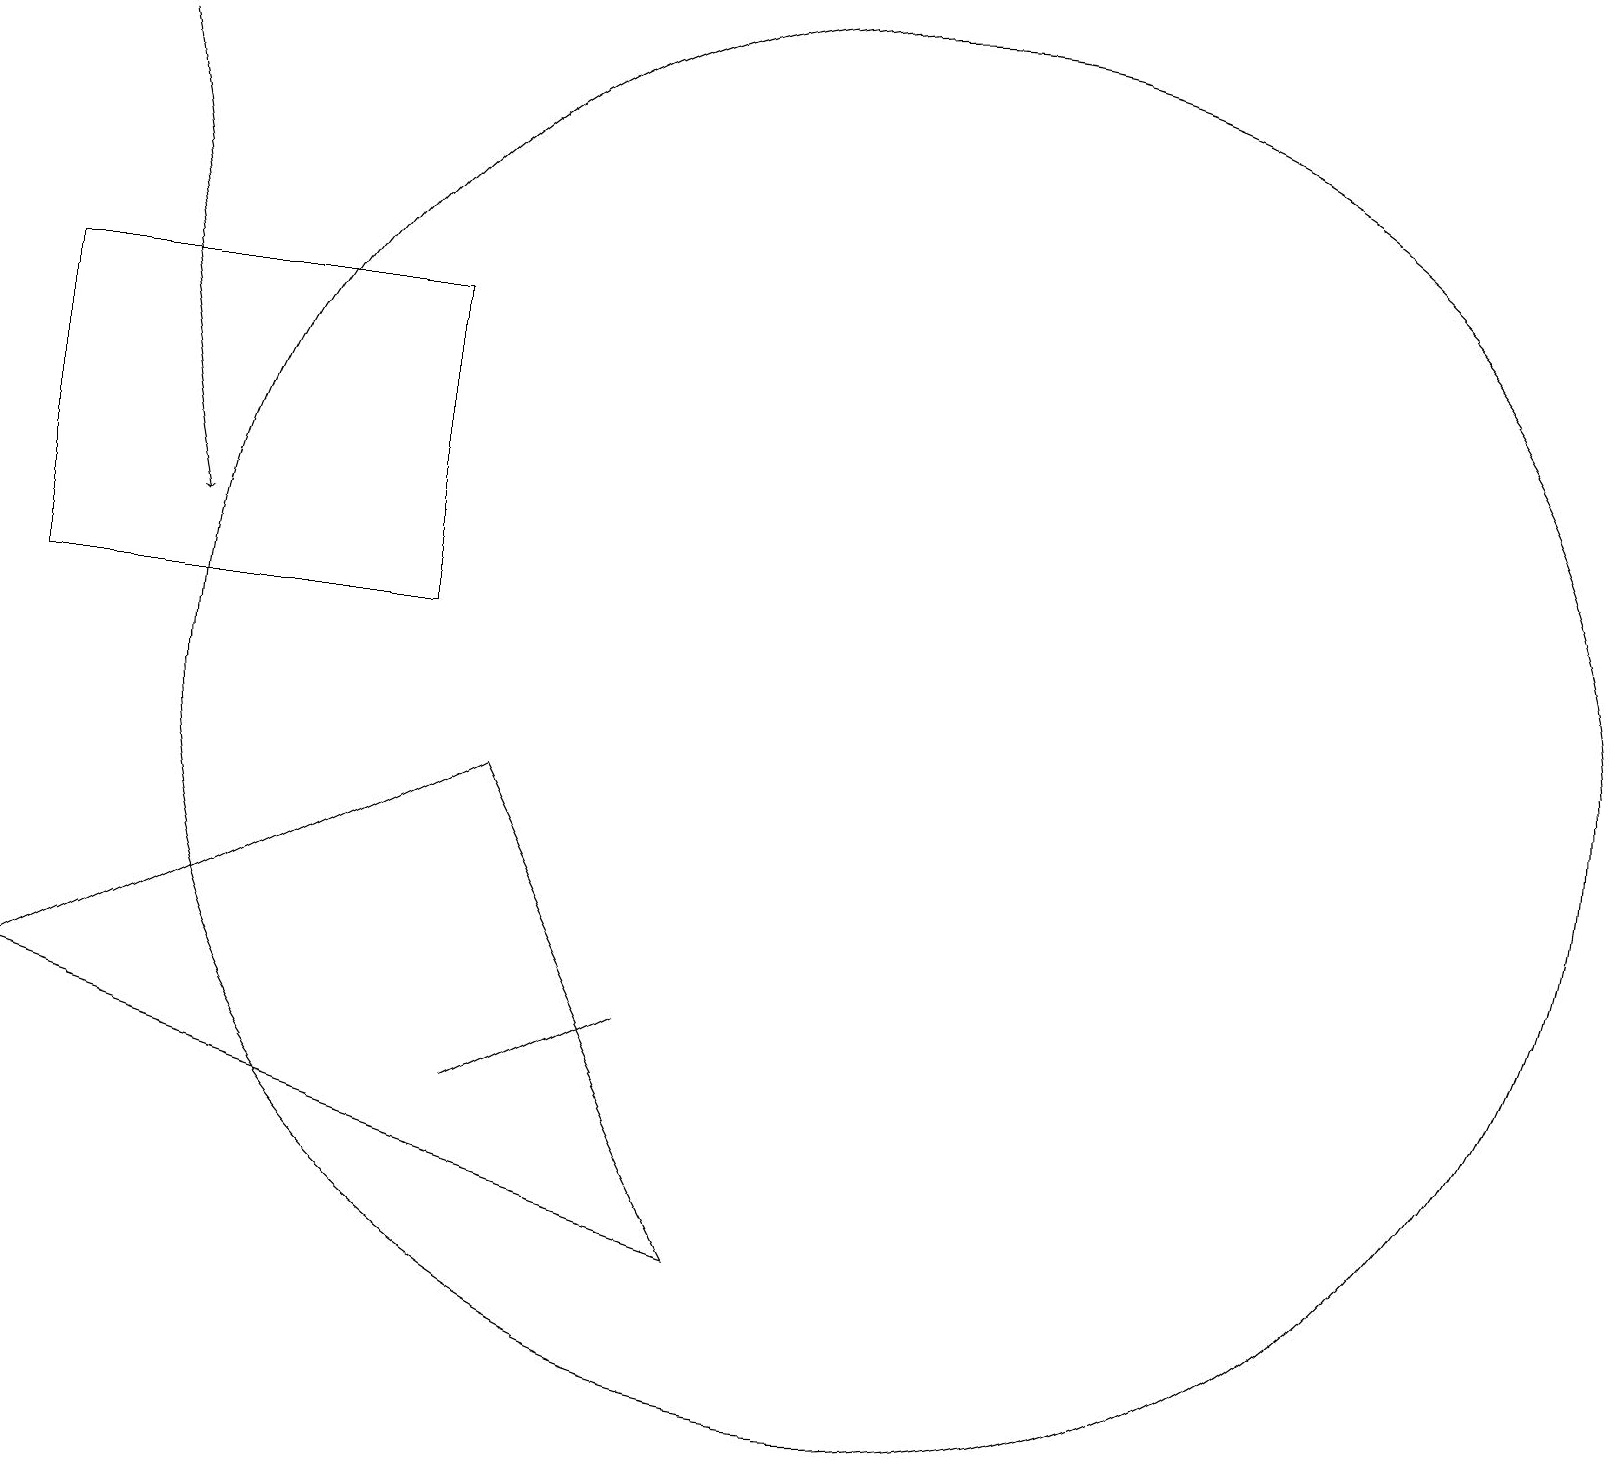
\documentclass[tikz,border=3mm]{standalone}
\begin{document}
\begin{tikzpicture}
\draw (5,15) rectangle (0,11);
\draw[->] (1,18) -- (2,12);
\draw (11,10) circle (9);
\draw (8,6) -- (6,5) -- (6,5) -- cycle;
\draw (0,6) -- (6,9) -- (9,3) -- cycle;
\draw (11,10) circle (0);
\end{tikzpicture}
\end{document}